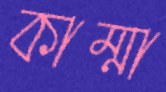
কাম্মা